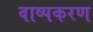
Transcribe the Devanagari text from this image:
वाष्पकरण